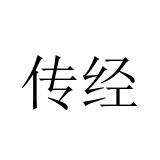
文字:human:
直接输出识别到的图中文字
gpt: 传经